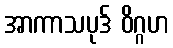
အာကာသပုဒ် ဝိဂ္ဂဟ